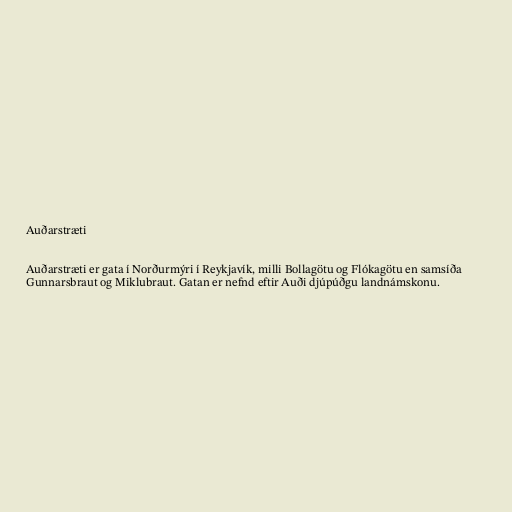
Auðarstræti

Auðarstræti er gata í Norðurmýri í Reykjavík, milli Bollagötu og Flókagötu en samsíða
Gunnarsbraut og Miklubraut. Gatan er nefnd eftir Auði djúpúðgu landnámskonu.